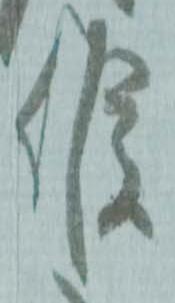
候